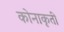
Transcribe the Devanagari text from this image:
कोनाकृती